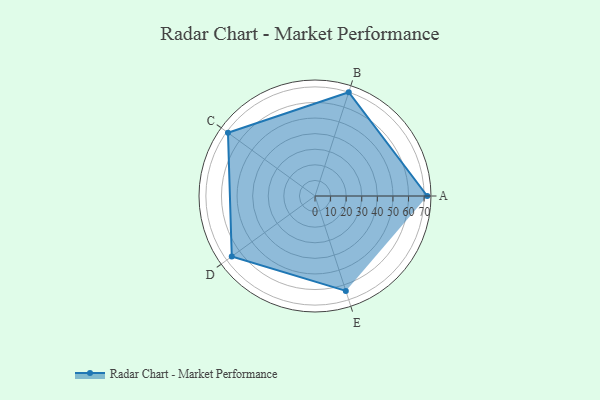
{"axis": {"x": "Skill", "y": "Score"}, "legend": ["Profile"], "data": [{"x": "A", "y": 72.0, "type": "Profile"}, {"x": "B", "y": 70.0, "type": "Profile"}, {"x": "C", "y": 69.0, "type": "Profile"}, {"x": "D", "y": 66.0, "type": "Profile"}, {"x": "E", "y": 64.0, "type": "Profile"}]}